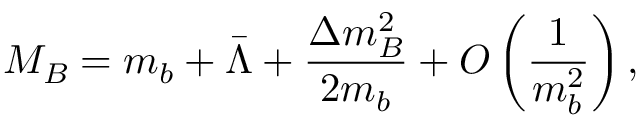
M _ { B } = m _ { b } + \bar { \Lambda } + \frac { \Delta m _ { B } ^ { 2 } } { 2 m _ { b } } + O \left( \frac { 1 } { m _ { b } ^ { 2 } } \right) ,